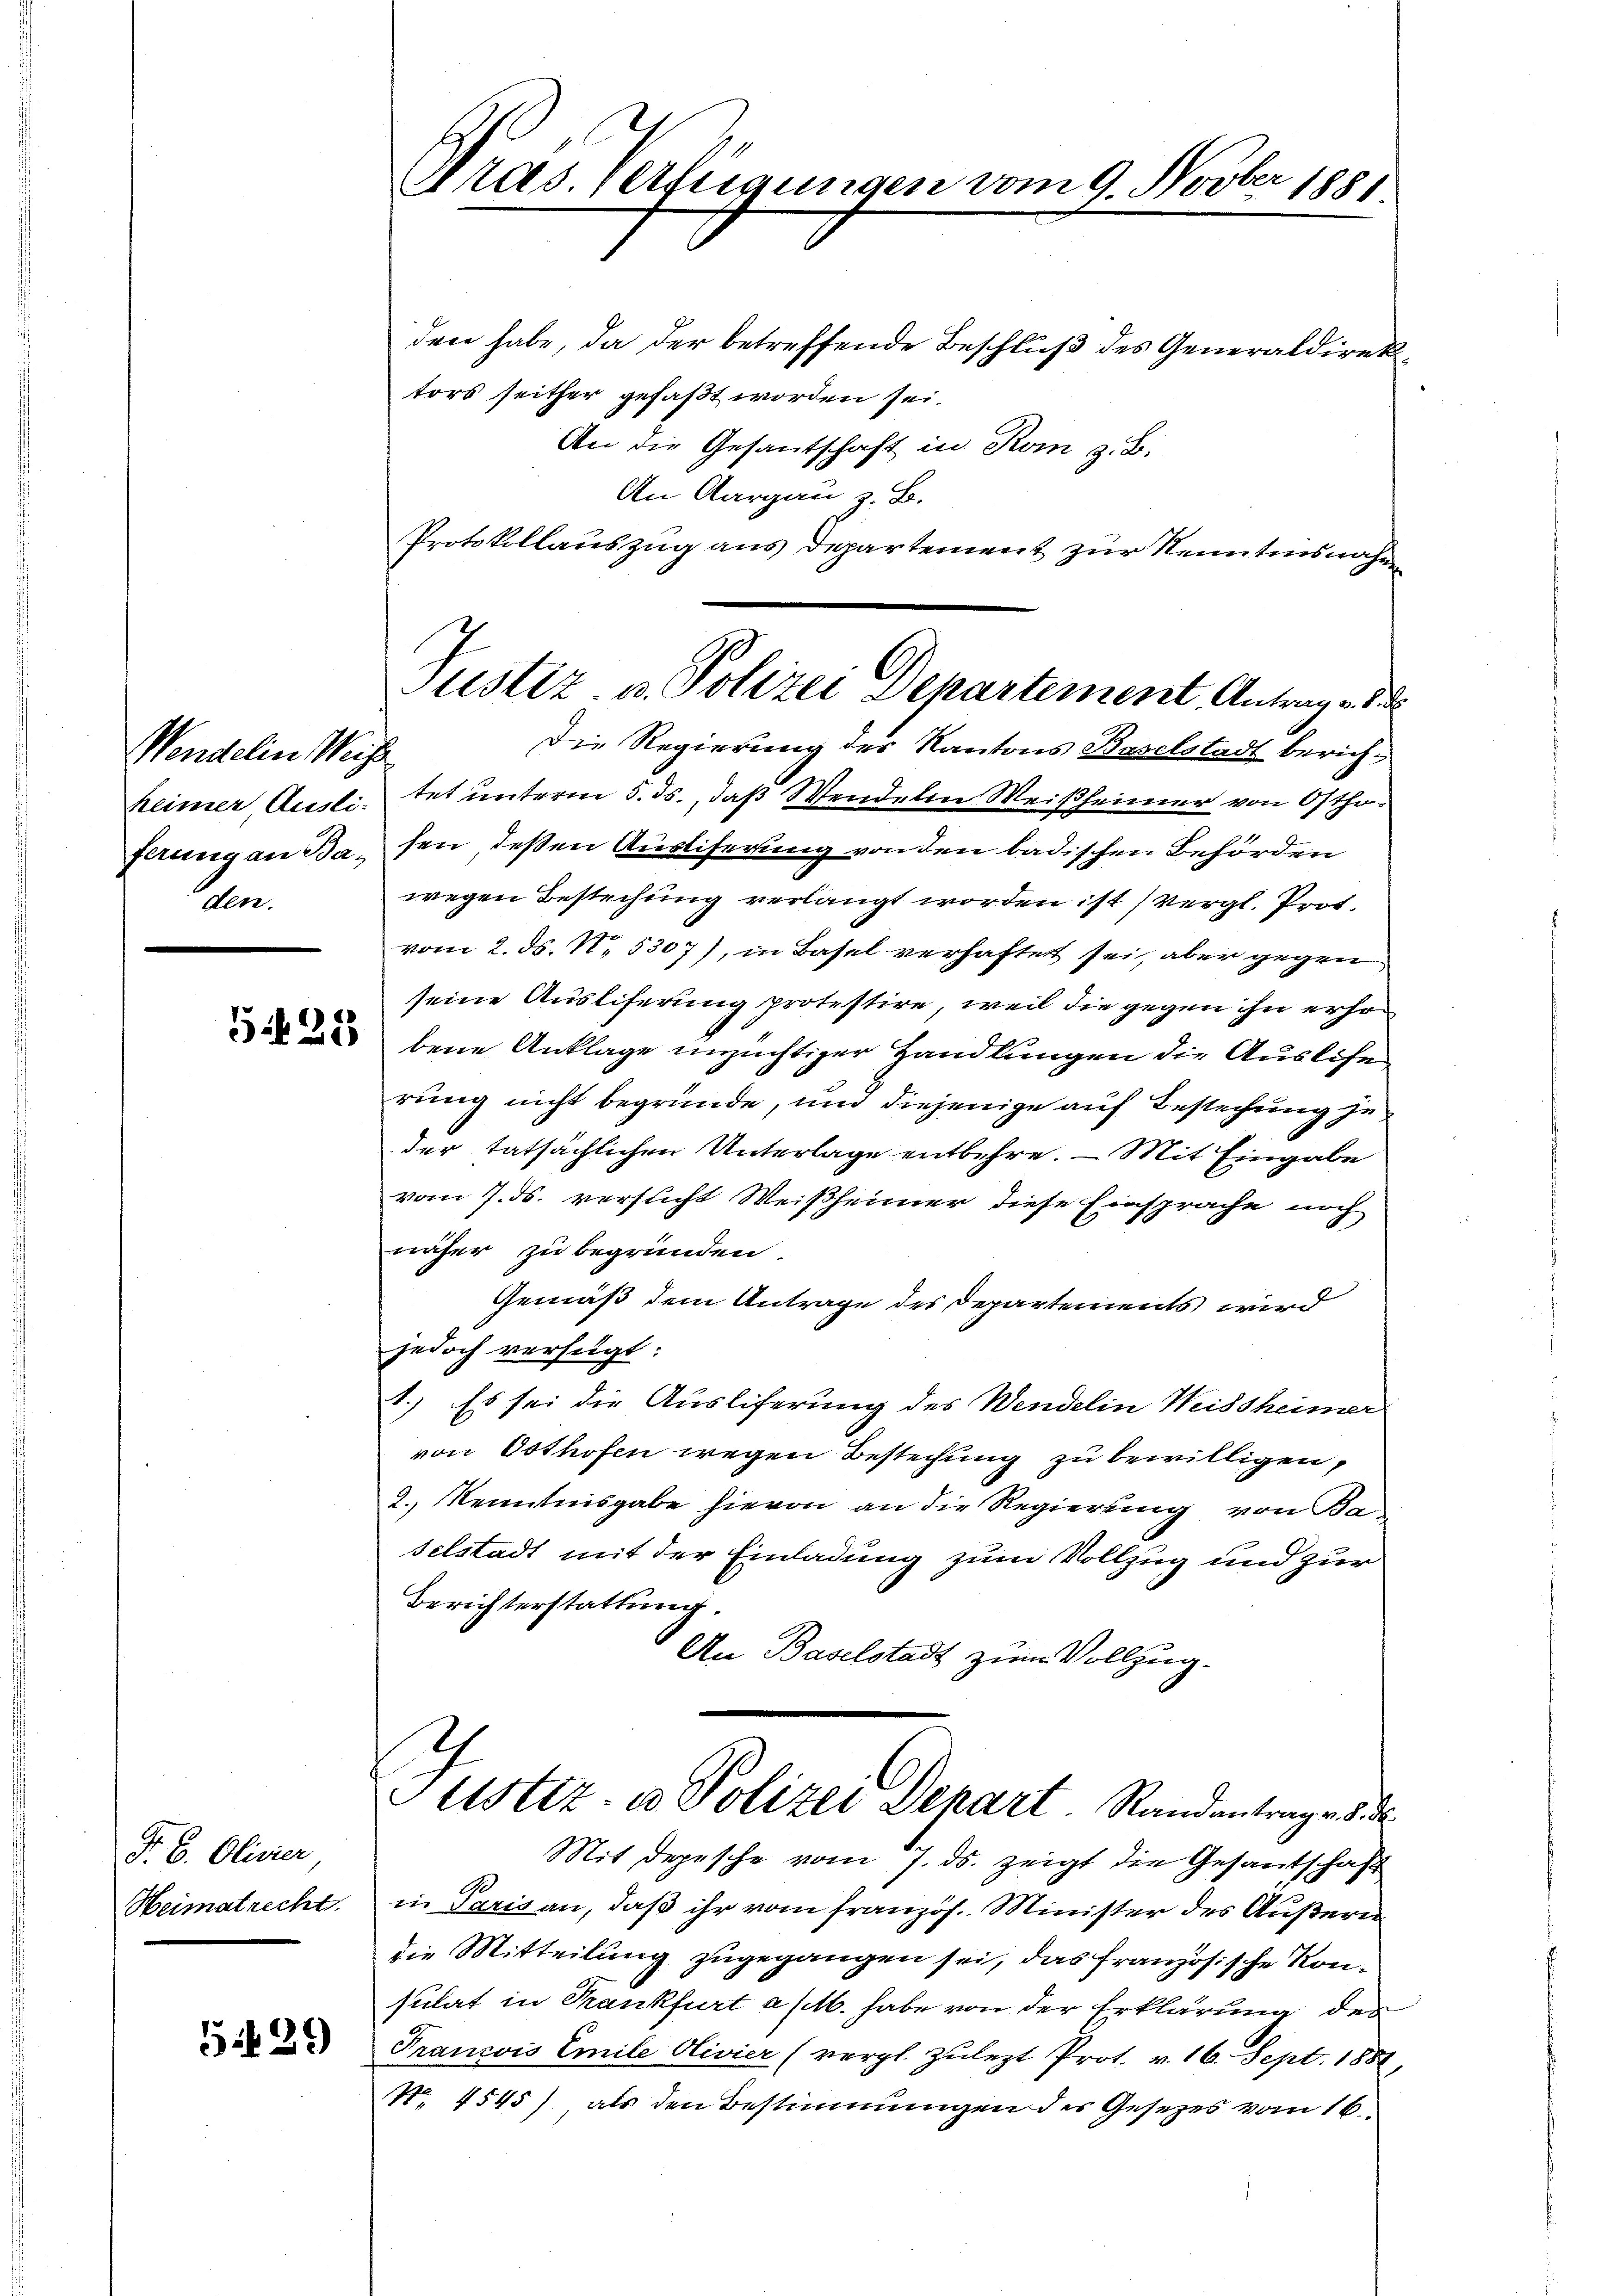
Wendelin Weise
heimer, Ausli-
den.

F. B. Olivier,
Heimatrecht.

529

a
Pras. erfügungen vom 9. Novber 1881.

den habe, da der betreffende Beschluß des Generaldiren
tors seither gefaßt worden sei.
An die Gesantschaft in Rom z. B.
An Aargau z. B.
Protokollauszug aus Departement zur Nenntnisnahm

Justiz- u. Polizei Departement Antrage d
Die Regierung des Kantons Baselstadt berich¬

tet unterm 5. ds., daß Wendelin Weißheimer von Osthoferung an Basen, deßen Ausliferung von den badischen Behörden
wegen Bestrechung verlangt worden ist (vergl. Prot.
vom 2. ds. N. 5307), in Basel verhaftet sei, aber gegen
seine Auslieferung protestire, weil die gegen ihn erho
 bene Anklage unzüchtiger Handlungen die Auslise
rung nicht begründe, und diejenige auf Bestechung zu
der tatsächlichen Unterlage entbehre. — Mit Eingabe
vom 7. ds. versucht Weißheimer diese Einsprache noch
näher zu begründen.
Gemäß dem Antrage des Departements wird
jedoch verfügt:
1.) Es sei die Ausliferung des Wendelin Weissheimer
von Osthofen wegen Bestechung zu bewilligen,
2., Kenntnisgabe hievon an die Regierung von Ka-
selstadt mit der Einladung zum Vollzug und zur
Berichterstattung.
An Baselstadt zum Vollzug.

Justiz- u. Polizei Depart. Standantrage d. d.

Mit Depesche vom 7. ds. zeigt die Gesantschaft
in Paris an, daß ihr vom französ. Minister des Äußeru
die Mitteilung zugegangen sei, das französische Konsulat in Krankfurt a M. habe von der Erklärung des
Francois Emile Olivier (vergl. Zulezt Prot. v. 16. Sept. 1881,
No. 4545) als den Bestimmungen des Gesezes vom 16.